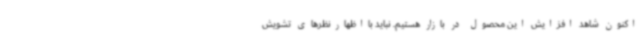
اکنون شاهد افزایش این محصول در بازار هستیم. نباید بااظهارنظرهای تشویش